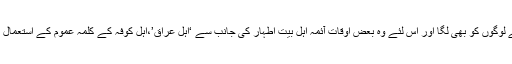
یہ مغالطہ بہت سے اہلسنت اور اہل تشیع کے لوگوں کو بھی لگا اور اس لئے وہ بعض اوقات آئمہ اہل بیت اطہار کی جانب سے ‘اہل عراق’،اہل کوفہ کے کلمہ عموم کے استعمال کو مطلق و عمومی معانی میں لے لیتے ہیں۔